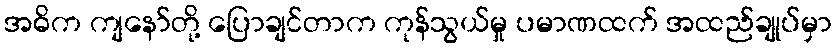
အဓိက ကျနော်တို့ ပြောချင်တာက ကုန်သွယ်မှု ပမာဏထက် အထည်ချုပ်မှာ